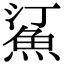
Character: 𬵋